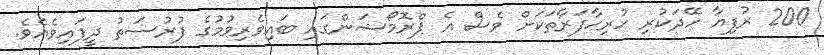
200 ރުފިޔާ ހޭދަކުރި ހުރިހާފަރާތަކަށް ވެސް އެ ޕްރޮމޯޝަންގައި ބައިވެރިވުމުގެ ފުރުސަތު ދީފައިވެއެވެ.